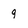
Character: 9